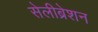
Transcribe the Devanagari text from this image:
सेलीब्रेशन